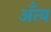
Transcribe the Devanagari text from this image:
अँत्य